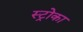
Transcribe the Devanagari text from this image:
स्ट्रोका